Lunatic asylums United Provinces 1899-1908 - 1899-1908
Year: 1899
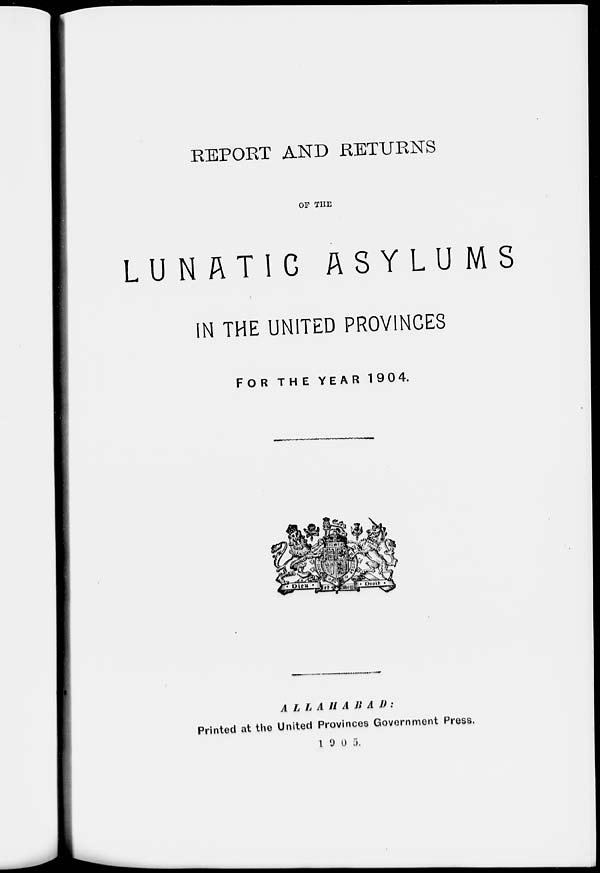
REPORT AND RETURNS
OF THE
LUNATIC
ASYLUMS
IN THE UNITED PROVINCES
FOR
THE
YEAR
1904.
ALLAHABAD :
Printed at the United Provinces Government Press.
1905.